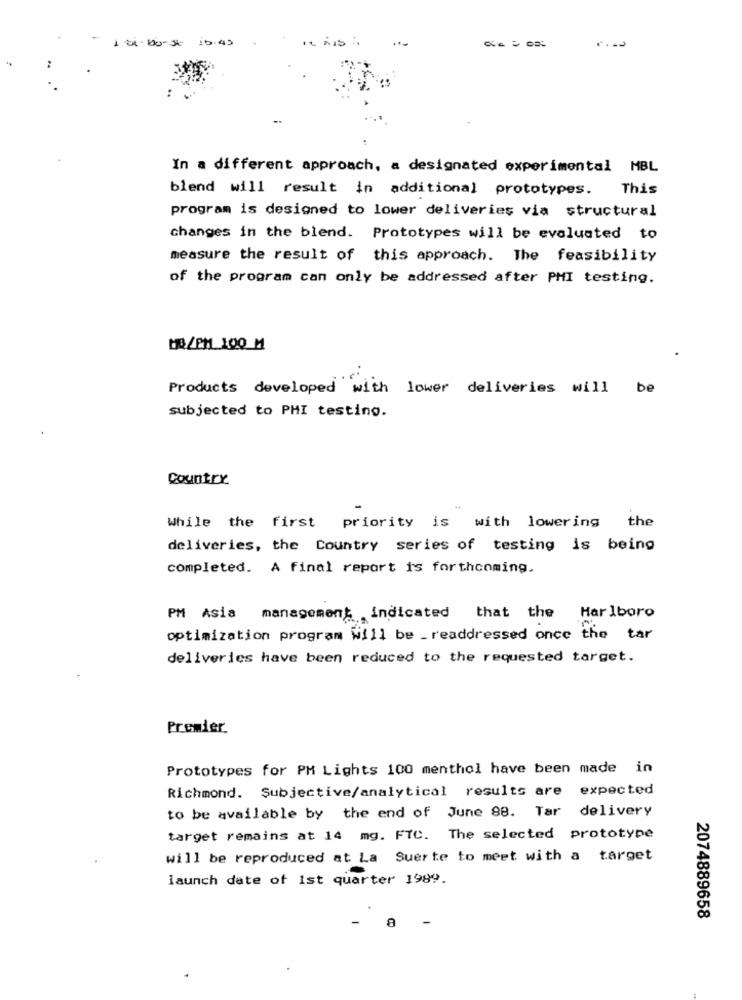
10 .00-3 1.45
...
In a different approach, a designated experimental MBL
blend will result in additional prototypes. This
program is designed to lower deliveries via structural
changes in the blend. Prototypes will be evaluated to
measure the result of this approach. The feasibility
of the program can only be addressed after PHI testing.
HO/PM 100_M
Products developed with lower deliveries will be
subjected to PHI testing.
Country
While the first
priority is with lowering the
deliveries, the Country series of testing is being
completed. A final report is forthcoming.
PM Asia management indicated that the Marlboro
optimization program Will be _ readdressed once the tar
deliveries have been reduced to the requested target.
Premier
Prototypes for PM Lights 100 menthol have been made in
Richmond. Subjective/analytical results are expected
to be available by the end of June 88. Tar delivery
target remains at 14 mg. FTC. The selected prototype
will be reproduced at La Suerte to meet with a target
launch date of 1st quarter 1989.
2074889658